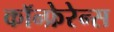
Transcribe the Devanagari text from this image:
कॉन्फ्रेरेन्स